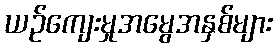
ယဉ်ကျေးမှုအမွေအနှစ်များ